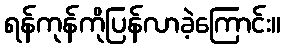
ရန်ကုန်ကိုပြန်လာခဲ့ကြောင်း။